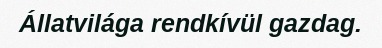
Állatvilága rendkívül gazdag.